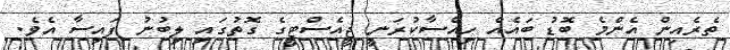
ތެރެއިން އެންމެ ބޮޑު ބައެއް ހިއްސާކުރަނީ ޖީއެސްޓީގެ ގޮތުގައި ލިބުނު ފައިސާ އެވެ.